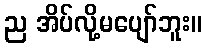
ည အိပ်လို့မပျော်ဘူး။